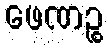
ဖေဏဉ္စ